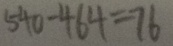
5 4 0 - 4 6 4 = 7 6